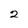
Character: 2